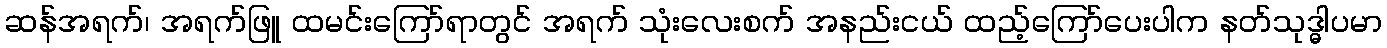
ဆန်အရက်၊ အရက်ဖြူ ထမင်းကြော်ရာတွင် အရက် သုံးလေးစက် အနည်းငယ် ထည့်ကြော်ပေးပါက နတ်သုဒ္ဓါပမာ